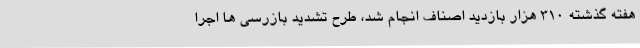
هفته گذشته ۳۱۰ هزار بازدید اصناف انجام شد، طرح تشدید بازرسی ها اجرا